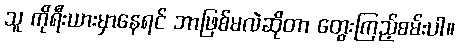
သူ ကိုရီးယားမှာနေရင် ဘာဖြစ်မလဲဆိုတာ တွေးကြည့်စမ်းပါ။